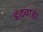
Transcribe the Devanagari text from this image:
हंदवाड़ा